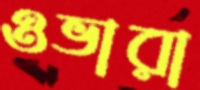
ওভারা